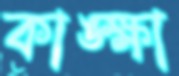
কাঙ্ক্ষা